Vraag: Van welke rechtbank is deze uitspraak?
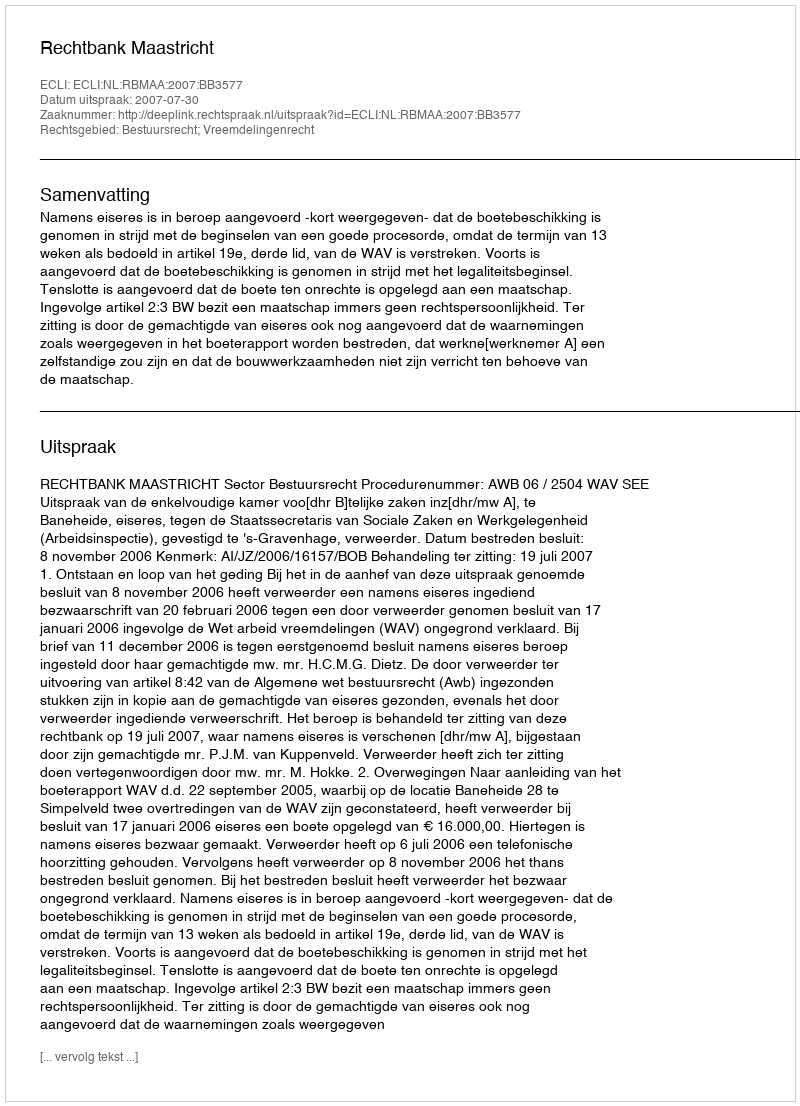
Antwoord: Rechtbank Maastricht